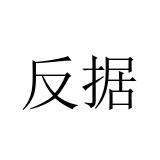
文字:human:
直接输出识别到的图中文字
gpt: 反据